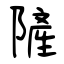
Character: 隡